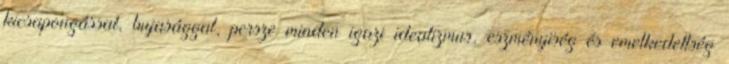
kicsapongással, bujasággal, persze minden igazi idealizmus, eszményiség és emelkedettség